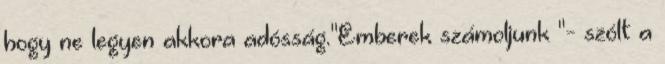
hogy ne legyen akkora adósság."Emberek számoljunk "- szólt a